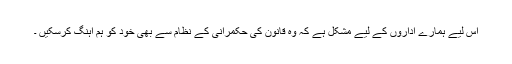
اس لیے ہمارے اداروں کے لیے مشکل ہے کہ وہ قانون کی حکمرانی کے نظام سے بھی خود کو ہم آہنگ کرسکیں ۔